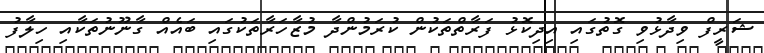
ޝަރީފް ވިދާޅުވި ގޮތުގައި އިދިކޮޅު ފަރާތްތަކުން ކުރަމުންދާ މުޒާހަރާތަކުގައި ބައެއް ގާނޫނުތަކާއި ހިލާފު